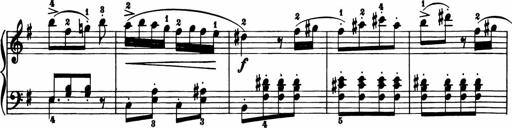
Title: 11 Sonatinas for Piano Solo
Composer: Anton Diabelli